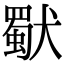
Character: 𤢜